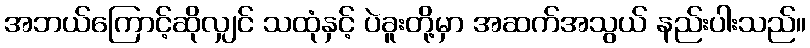
အဘယ်ကြောင့်ဆိုလျှင် သထုံနှင့် ပဲခူးတို့မှာ အဆက်အသွယ် နည်းပါးသည်။